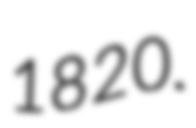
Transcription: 1820.